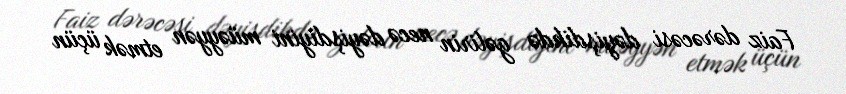
Faiz dərəcəsi dəyişdikdə gəlirin necə dəyişdiyini müəyyən etmək üçün